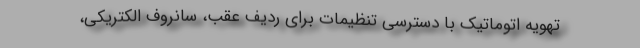
تهویه اتوماتیک با دسترسی تنظیمات برای ردیف عقب، سانروف الکتریکی،